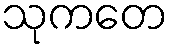
သုကတေ